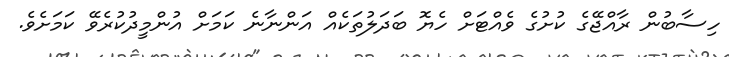
ހިސާބުން ރާއްޖޭގެ ކުށުގެ ވެއްޓަށް ހެޔޮ ބަދަލުތަކެއް އަންނާނެ ކަމަށް އުންމީދުކުރެވޭ ކަމަށެވެ.